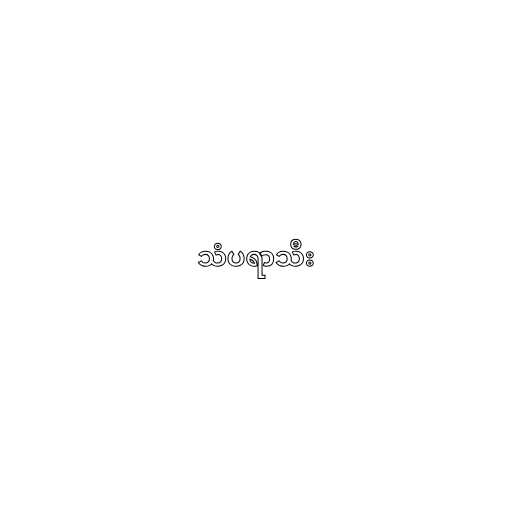
သံပရာသီး